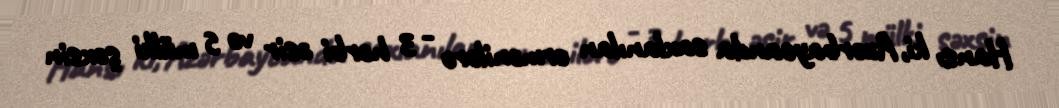
Hansı ki, Azərbaycanda saxlanılan ermənilərə - 3 hərbi əsir və 5 mülki şəxsin